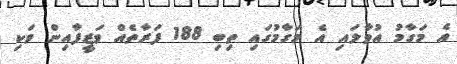
އެ މަގާމު އުވާލައި އެ މަގާމުގައި ތިބި 188 ފަރާތެއް ވަޒީފާއިން ވަކި